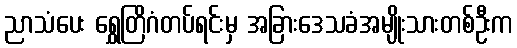
ညာသံပေး ရွှေတြိဂံတပ်ရင်းမှ အခြားဒေသခံအမျိုးသားတစ်ဦးက